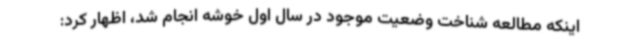
اینکه مطالعه شناخت وضعیت موجود در سال اول خوشه انجام شد، اظهار کرد: